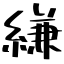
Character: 縑